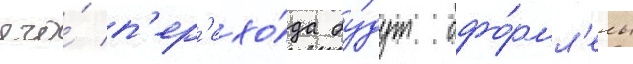
его́ п'ер'ехо́да бу́дут офо́рмл'ены